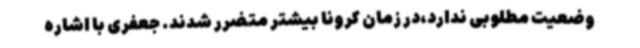
وضعیت مطلوبی ندارد،در زمان کرونا بیشتر متضرر شدند. جعفری با اشاره